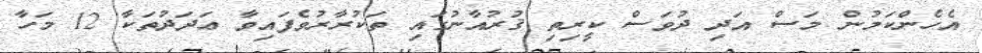
އެހެންކަމުން މަސް އަދި ދުވަސް ކީރިތި ޤުރުއާނުގައި ތަކުރާރުވެފައިވާ ޢަދަދުތަކާ 12 މަހާ